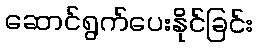
ဆောင်ရွက်ပေးနိုင်ခြင်း